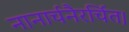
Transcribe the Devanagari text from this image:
नानार्चनैरर्चित।